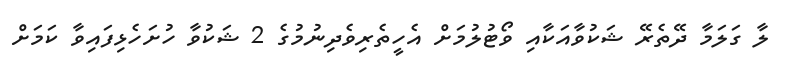
ލާ ގަލަމާ ދޭތެރޭ ޝަކުވާއަކާއި ވޯޓުލުމަށް އެހީތެރިވެދިނުމުގެ 2 ޝަކުވާ ހުށަހެޅިފައިވާ ކަމަށް